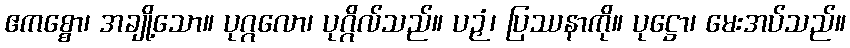
ဧကစ္စော၊ အချို့သော။ ပုဂ္ဂလော၊ ပုဂ္ဂိလ်သည်။ ပဉှံ၊ ပြဿနာကို။ ပုဋ္ဌော၊ မေးအပ်သည်။